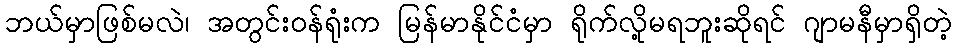
ဘယ်မှာဖြစ်မလဲ၊ အတွင်းဝန်ရုံးက မြန်မာနိုင်ငံမှာ ရိုက်လို့မရဘူးဆိုရင် ဂျာမနီမှာရှိတဲ့